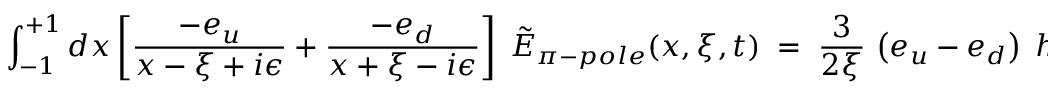
\int _ { - 1 } ^ { + 1 } d x \left[ { \frac { - e _ { u } } { x - \xi + i \epsilon } } + { \frac { - e _ { d } } { x + \xi - i \epsilon } } \right] \; \tilde { E } _ { \pi - p o l e } ( x , \xi , t ) \; = \; { \frac { 3 } { 2 \xi } } \, \left( e _ { u } - e _ { d } \right) \; h _ { A } ( t ) \; .